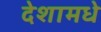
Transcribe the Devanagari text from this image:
देशामधे